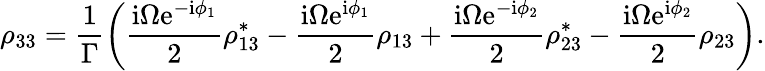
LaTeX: \rho_{33}=\frac{1}{\Gamma}\left(\frac{\mathrm{i}\Omega\mathrm{e}^{-\mathrm{i}\phi_{1}}}{2}\rho_{13}^{*}-\frac{\mathrm{i}\Omega\mathrm{e}^{\mathrm{i}\phi_{1}}}{2}\rho_{13}+\frac{\mathrm{i}\Omega\mathrm{e}^{-\mathrm{i}\phi_{2}}}{2}\rho_{23}^{*}-\frac{\mathrm{i}\Omega\mathrm{e}^{\mathrm{i}\phi_{2}}}{2}\rho_{23}\right).